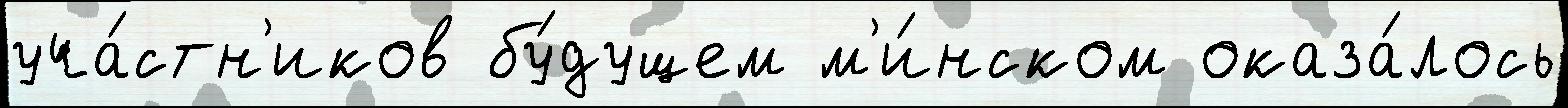
уча́стн'иков бу́дущем м'и́нском оказа́лось